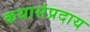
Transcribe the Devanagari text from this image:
कथासंप्रदाय